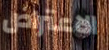
الاعتراض